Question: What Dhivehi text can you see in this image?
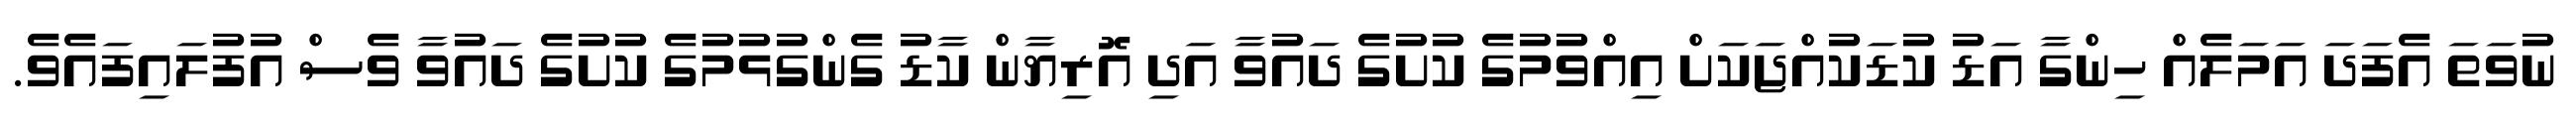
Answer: ނުވަތަ އެފަދަ އަމަލެއް ހިންގާ އަޑު ކުޑަކުއްޖަކަށް އިއްވުމުގެ ކުށުގެ ދައުވާ އަދި އޮރިޔާން ކާޑު ގެންގުޅުމުގެ ކުށުގެ ދައުވާ ވެސް އުފުލައިފައެވެ.